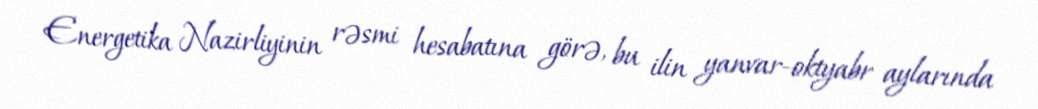
Energetika Nazirliyinin rəsmi hesabatına görə, bu ilin yanvar-oktyabr aylarında